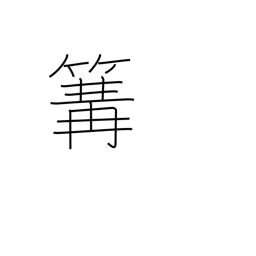
Meaning: fishing fire